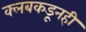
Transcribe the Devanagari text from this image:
क्लबकडूनही